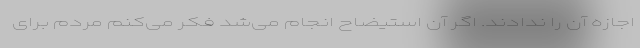
اجازه آن را ندادند. اگر آن استیضاح انجام می‌شد فکر می‌کنم مردم برای